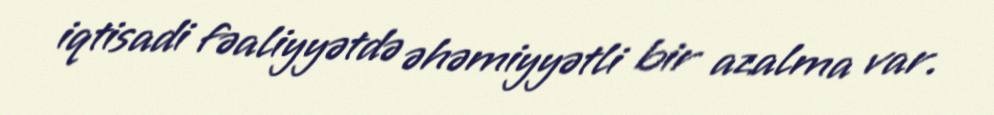
iqtisadi fəaliyyətdə əhəmiyyətli bir azalma var.